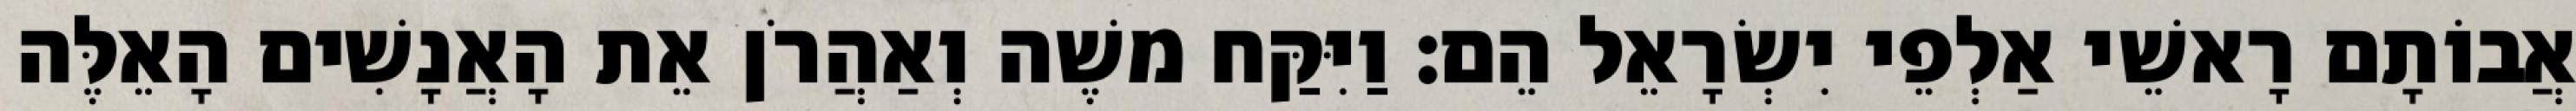
אֲבוֹתָם רָאשֵׁי אַלְפֵי יִשְׂרָאֵל הֵם׃ וַיִּקַּח משֶׁה וְאַהֲרֹן אֵת הָאֲנָשִׁים הָאֵלֶּה